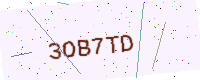
Text: 3OB7TD